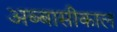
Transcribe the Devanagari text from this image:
अब्बासीकाल